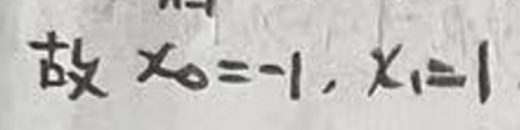
故 \(x_0=-1,x_1 = 1\)